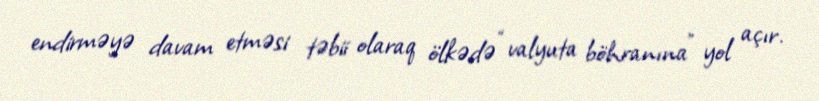
endirməyə davam etməsi təbii olaraq ölkədə “valyuta böhranına” yol açır.